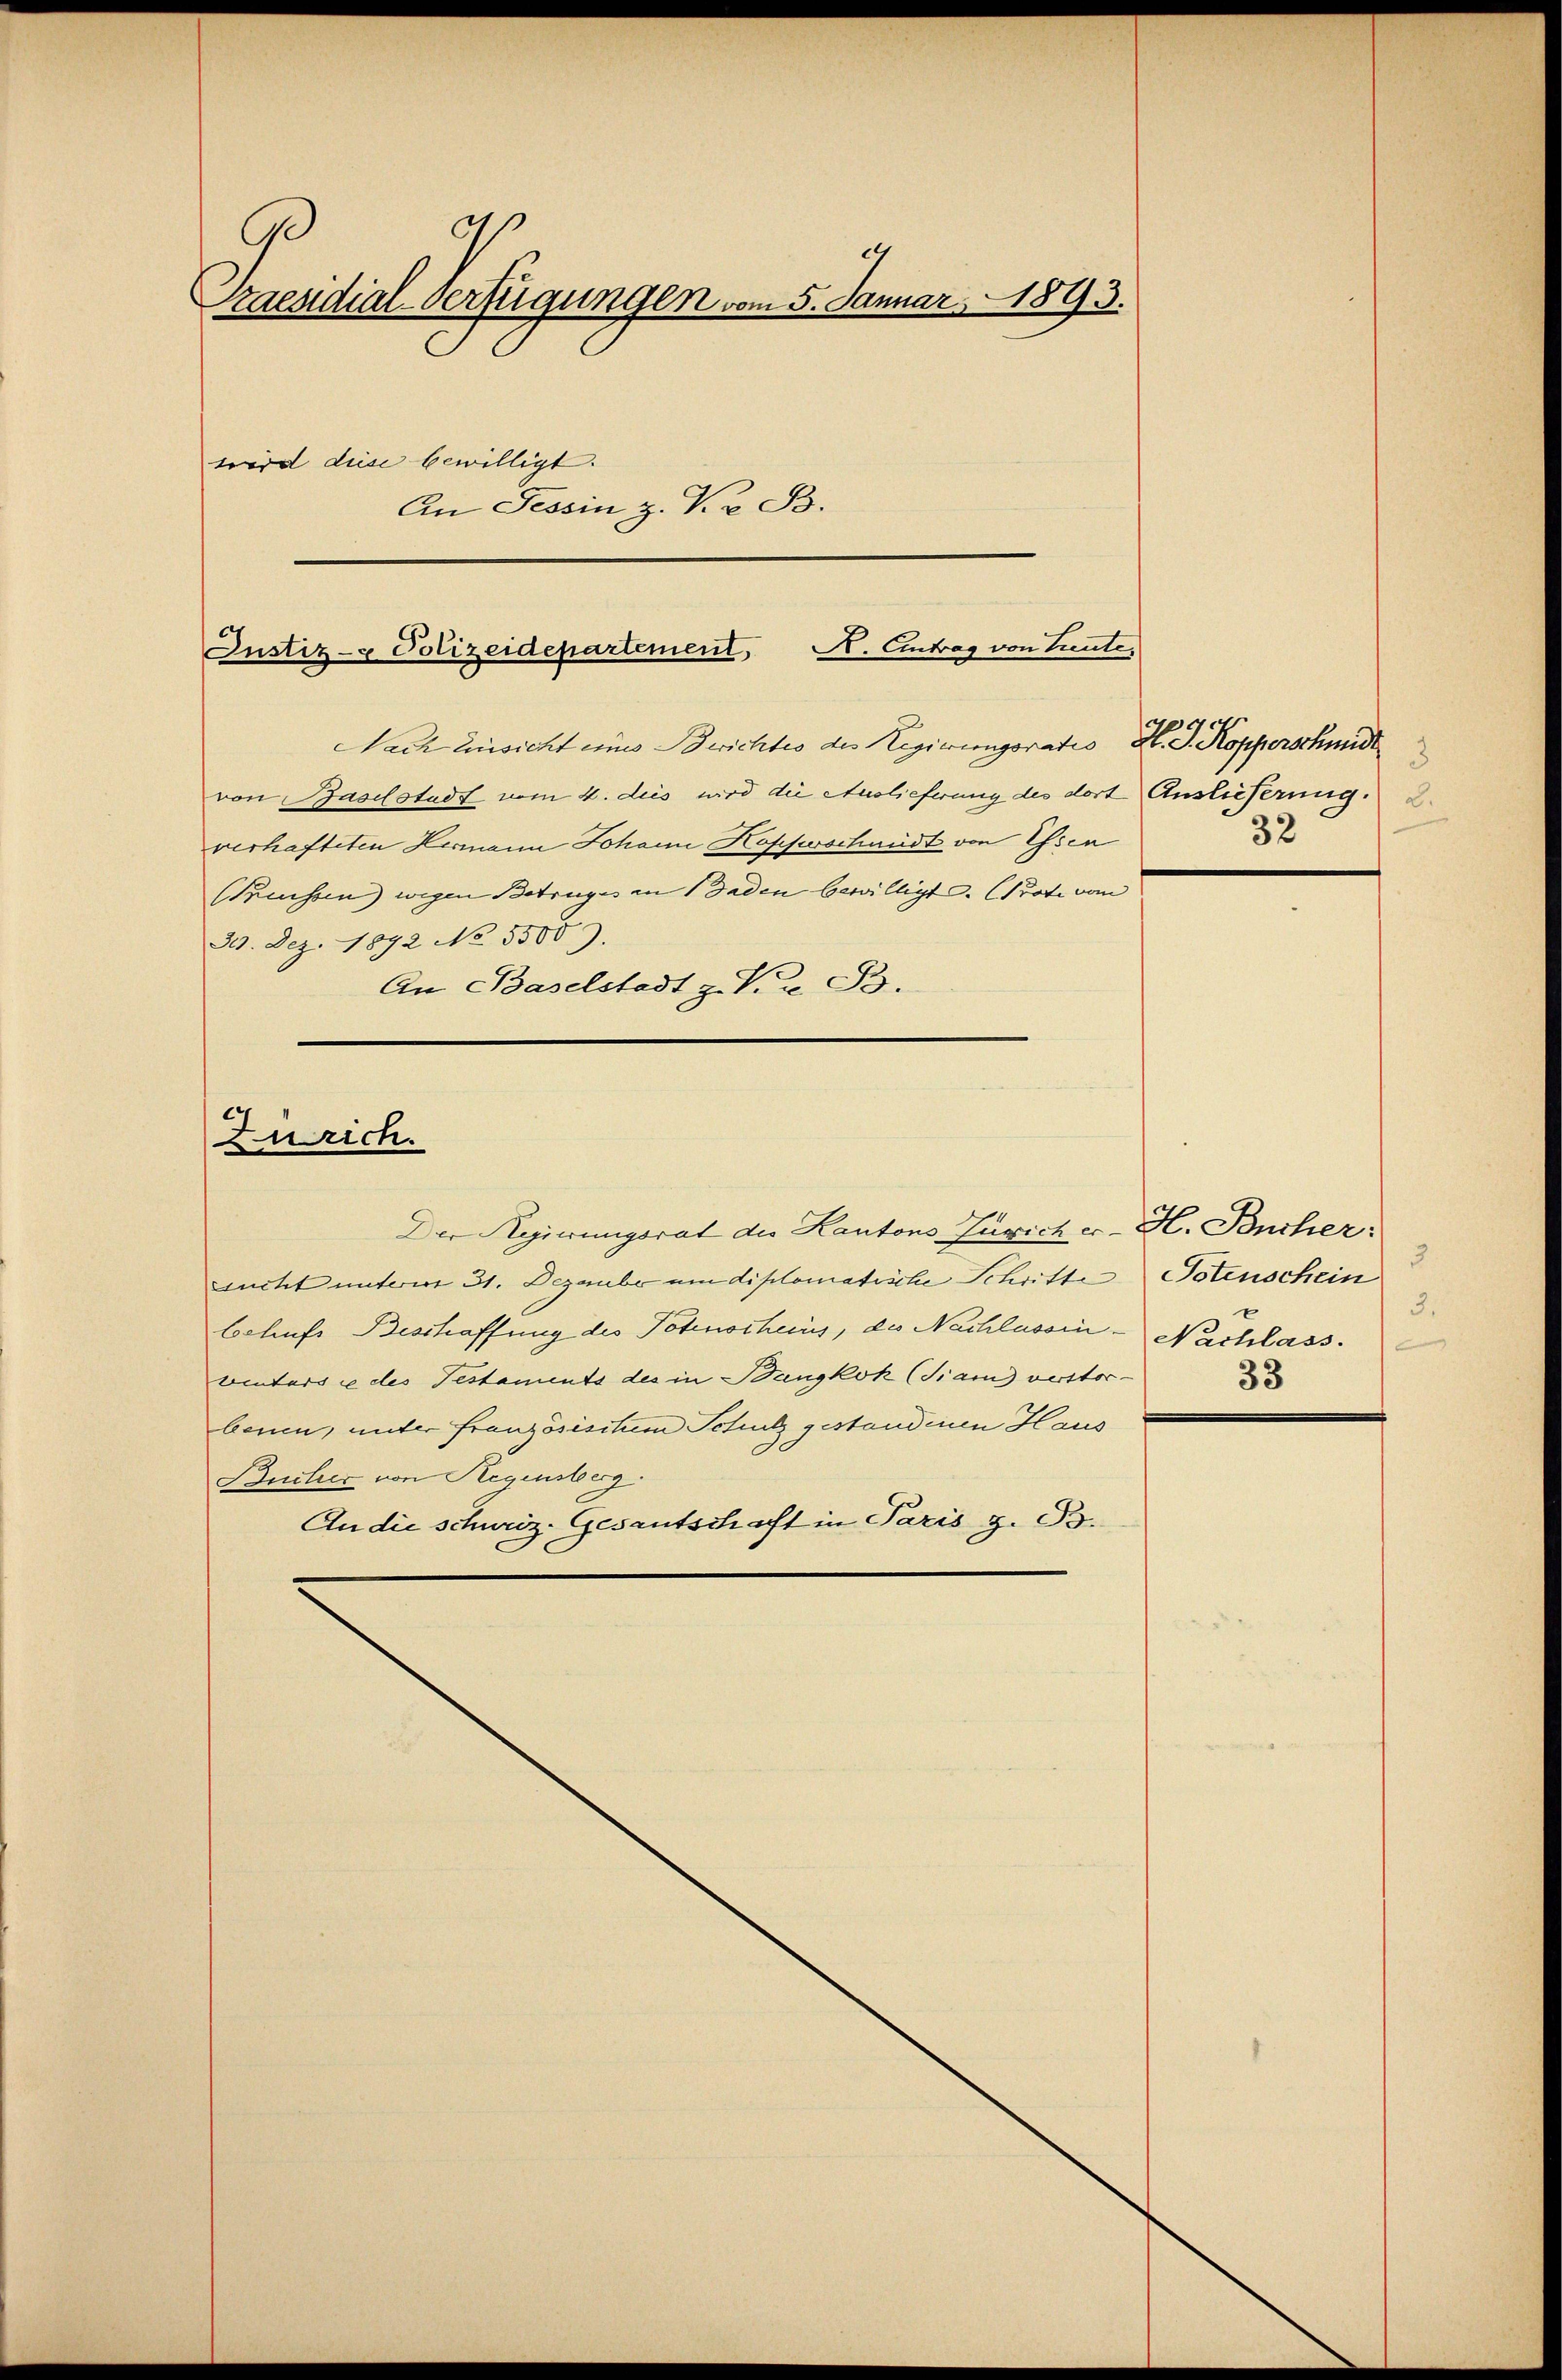
aesidial-Verfügungen vom 5. Januar 1893.
wird diese bewilligt.
An Tessin z. P. 2 B.

Justiz- & Polizeidepartement, N. Eintrag von Lieute,

Nach Einsicht eines Berichtes des Regierungsratio H. J. Kopperschmidt
von Baselstadt vom 4. des wird die Auslieferung des dort Auslieferung. 2
verhafteten Hermann Johann Kopfschmidt von Essen
(Preussen) wegen Betruges an Faden bewilligte. (Prote von
30. Dez. 1892 No 5500.
An Baselstadt z. Kr. B.

Zürich.

Der Regierungsrat die Kantons Zürich er- H. Bücher:
sucht unterm 31. Dezember um diplomatische Schritte
behufs Besstraffung des Potenscheins, des Nachlassin - Nachlass.
winters u des Testaments des in Bangkok (Train verstorbenen, unter französischem Schutz gestandenen Haus
Bucher von Segensberg.
An die schuriz. Gesantschaft in Paris z. B.

3
32

3.
Totenschein
3.
33